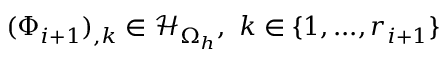
( \Phi _ { i + 1 } ) _ { , k } \in \mathcal { H } _ { \Omega _ { h } } , \mathrm { ~ } k \in \{ 1 , . . . , r _ { i + 1 } \}